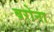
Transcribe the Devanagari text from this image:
बरोना